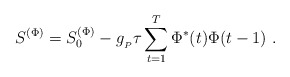
\begin{align*}S^{(\Phi)} = S_0^{(\Phi)} - g_{_P}\tau\sum_{t=1}^T\Phi^*(t)\Phi(t-1)\ .\end{align*}